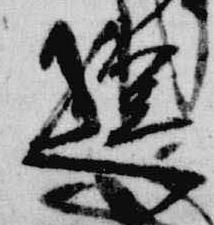
送